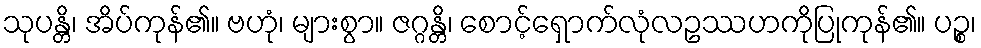
သုပန္တိ၊ အိပ်ကုန်၏။ ဗဟုံ၊ များစွာ။ ဇဂ္ဂန္တိ၊ စောင့်ရှောက်လုံလဥဿဟကိုပြုကုန်၏။ ပဉ္စ၊